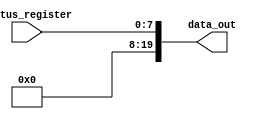
module LSTAT (
    input wire [7:0] status_register, // Status register (8 bits) // Should be smaller than 20 bits I think
    output reg [19:0] data_out // data output (20 bits)
);

always @(*) begin
    data_out = {8'b0, status_register}; // Load status register into the data output
end

//the data out line has 8'b0 because it is aligned with 20 bits now by adding leading zeros to it.

endmodule